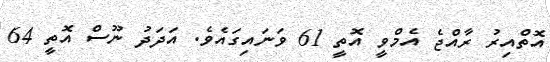
އޮތްއިރު ރާއްޖެ އެމްވީ އޮތީ 61 ވަނައިގައެވެ. އަދަދު ނޫސް އޮތީ 64